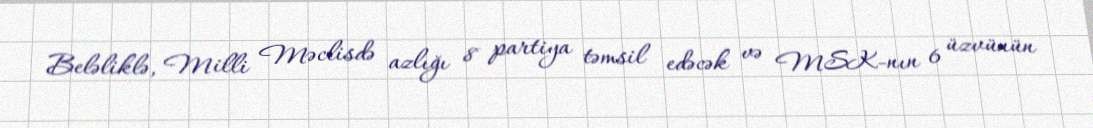
Beləliklə, Milli Məclisdə azlığı 8 partiya təmsil edəcək və MSK-nın 6 üzvünün